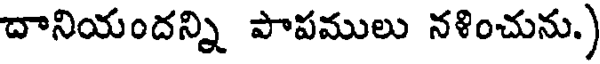
దానియందన్ని పాపములు నళించును.)